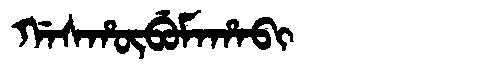
Manchu: ᡤᠠᠰᡥᡡᠪᡠᠮᠠᡥᠠᠪᡳ
Romanization: GASHŪBUMAHABI